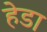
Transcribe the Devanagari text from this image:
हेडा